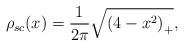
LaTeX: \begin{align*} \rho_{sc}(x)= \frac{1}{2\pi}\sqrt{\left( 4-x^2 \right)_+},\end{align*}